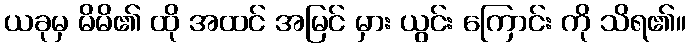
ယခုမှ မိမိ၏ ထို အထင် အမြင် မှား ယွင်း ကြောင်း ကို သိရ၏။